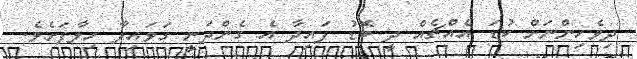
ދިވެހިންނަށް ކުޑަ އެއްޗެއް ދީ ބޮޑު ފައިދާ އެ ގެންދަނީ ގަވައިދާ ހިލާފަށެވެ.